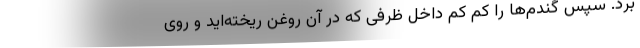
برد. سپس گندم‌ها را کم کم داخل ظرفی که در آن روغن ریخته‌اید و روی